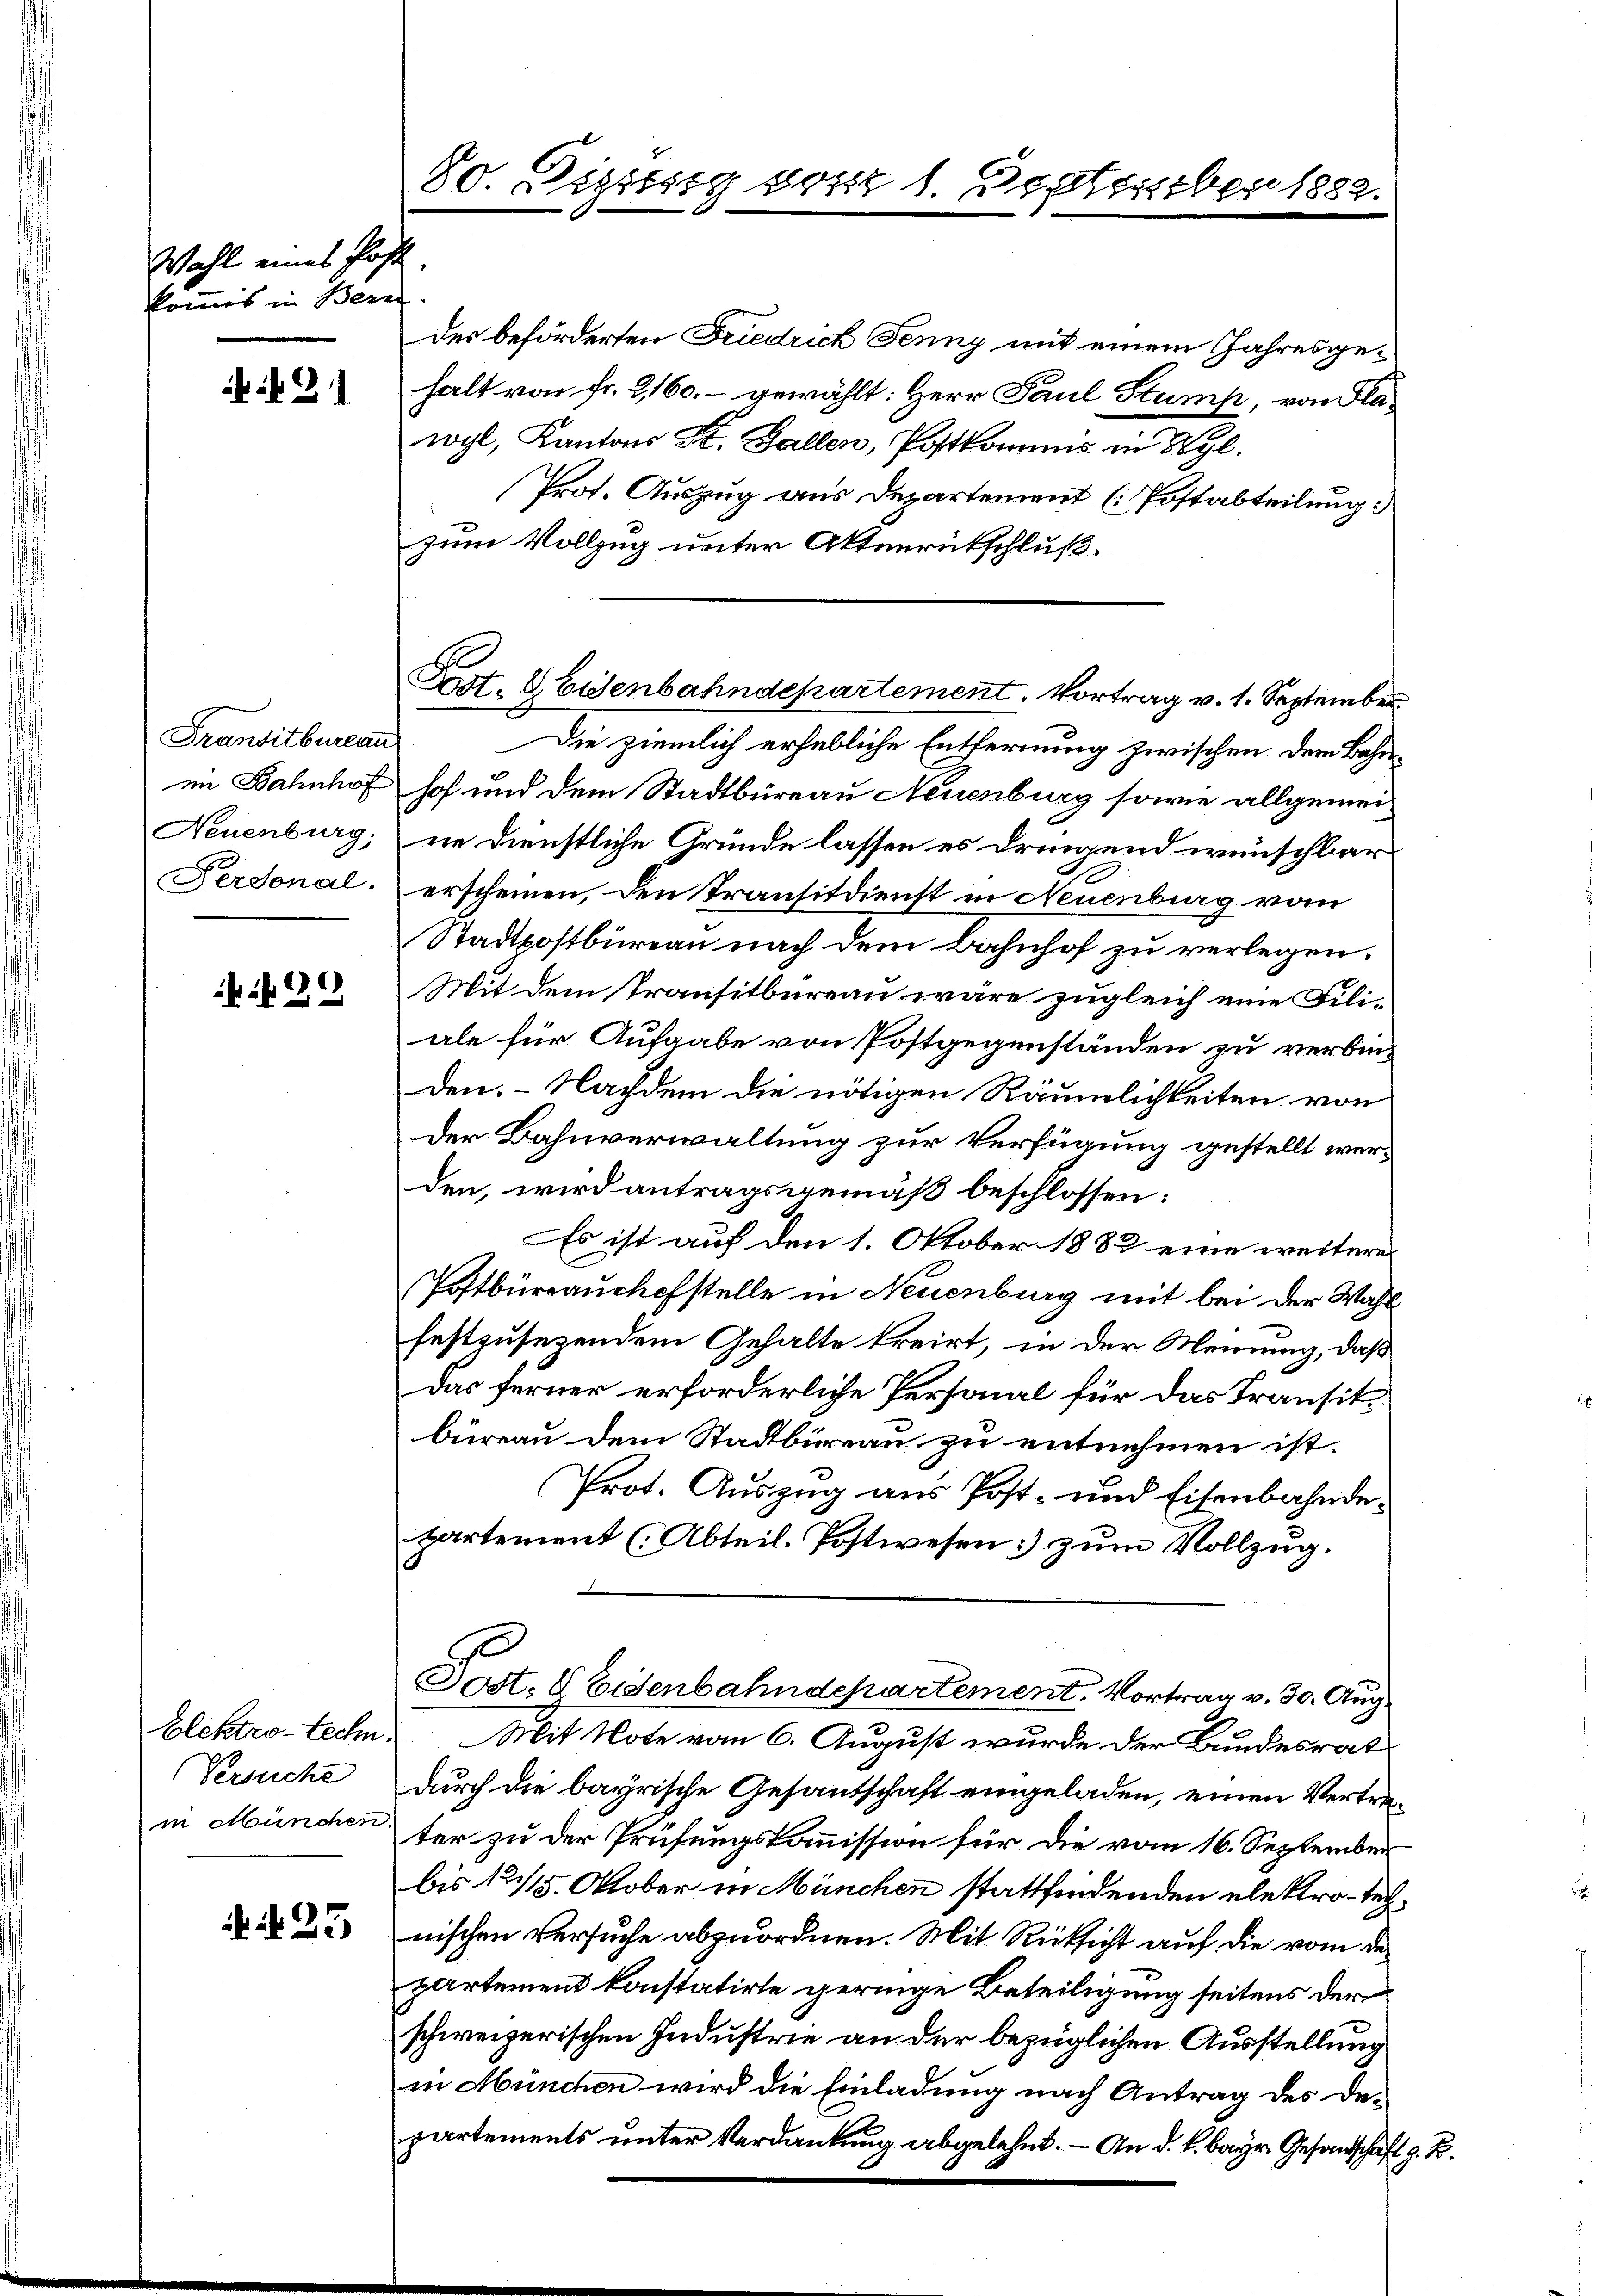
Wahl eines Post
kommes in Bern.

f 31

Transitbureau

ki 29

Versuche
in München.

N. 25

80. Diszig von 1. September 1882.

.

des beförderten Friedrich Jenny mit einem Jahresgehalt von Fr. 2160.- gewählt: Herr Paul Stump, von Plawyl, Kantons St. Gallen, Postkommis in Wyl.
Prot. Auszug aus Departement (Postabteilung:
zum Vollzug unter Aktenrütschluß.
Die ziemlich erhebliche Entfernung zwischen dem Bahnim Bahnhof hof und dem Stadtbüreau Neuenburg sowie allgemei¬
Neuenburg; in dienstliche Gründe lassen es dringend wünschbar
Personal. erscheinen, den Transitdienst in Neuenburg vom
Stadtpostbureau nach dem Bahnhof zu verlegen.
Mit dem Transitbureau wäre zugleich eine Filiale für Aufgabe von Postgegenständen zu verbinden. Nachdem die nötigen Räumlichkeiten von
Der Bahnverwaltung zur Verfügung gestellt werden, wird antragsgemäß beschlossen:
Es ist auf den 1. Oktober 1882 eine weitere
Postbüreauchofstelle in Neuenburg mit bei der Wahl
festzusetzendem Gehalte kreirt, in der Meinung, daß
Das ferner erforderliche Personal für das Transitbüreau dem Stadtbüreau zu entnehmen ist.
Prot. Auszug aus Post- und Eisenbahndepartement (Abteil. Postwesen zum Vollzug.
Post. 8 Eisenbahndepartement. Vortrag v. 30. Aug.
Elektro-techn. Mit Note vom 6. August wurde der Bundesrat
durch die bayrische Gesantschaft eingeladen, einen Vertreter zu der Prüfungskommission für die vom 16. September
bis 125. Oktober in München stattfindenden elektro-technischen Versuche abzuordnen. Mit Rücksicht auf die vom der
partement konstatirte geringe Beteiligung seitens der
schweizerischen Industrie an der bezüglichen Ausstellung
in München wird die Einladung nach Antrag des Departements unter Verdankung abgelehnt. – An d. k. bayr. Gesandschaft z. B.

Post. Eisenbahndepartement. Vortrag v. 1. September